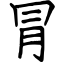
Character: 冐